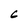
Character: 6